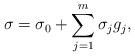
LaTeX: \begin{align*}\sigma=\sigma_0+\sum_{j=1}^m \sigma_jg_j,\end{align*}